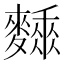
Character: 𪍰